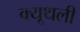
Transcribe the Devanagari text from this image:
क्यूथली